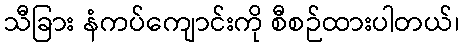
သီခြား နံကပ်ကျောင်းကို စီစဉ်ထားပါတယ်၊